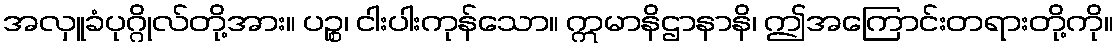
အလှူခံပုဂ္ဂိုလ်တို့အား။ ပဉ္စ၊ ငါးပါးကုန်သော။ ဣမာနိဌာနာနိ၊ ဤအကြောင်းတရားတို့ကို။